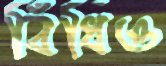
বিঁধিও